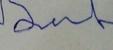
Signature authenticity: forged